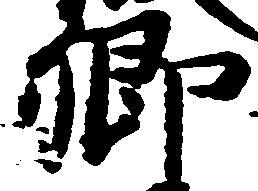
卿